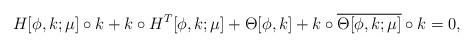
LaTeX: \begin{align*}H[\phi,k;\mu]\circ k + k\circ H^T[\phi,k;\mu] + \Theta[\phi,k] + k\circ \overline{\Theta[\phi,k;\mu]}\circ k =0,\end{align*}